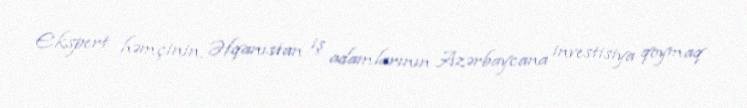
Ekspert həmçinin, Əfqanıstan iş adamlarının Azərbaycana investisiya qoymaq